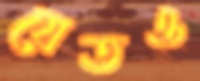
যেতও